画像に写った文字を読んでください
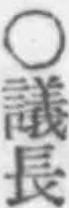
「○議長」と書いてあります